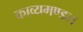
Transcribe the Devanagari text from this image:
काव्यमण्डल